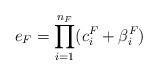
LaTeX: \begin{align*} e_F = \prod_{i=1}^{n_F} (c^F_i + \beta^F_i)\end{align*}